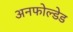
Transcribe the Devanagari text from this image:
अनफोल्डेड